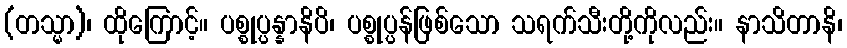
(တသ္မာ)၊ ထိုကြောင့်။ ပစ္စုပ္ပန္နာနိပိ၊ ပစ္စုပ္ပန်ဖြစ်သော သရက်သီးတို့ကိုလည်း။ နာသိတာနိ၊